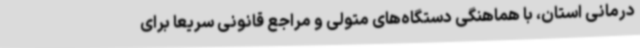
درمانی استان، با هماهنگی دستگاه‌های متولی و مراجع قانونی سریعاً برای